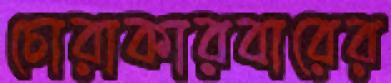
চোরাকারবারের